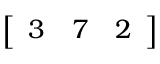
\left[ \begin{array} { l l l } { 3 } & { 7 } & { 2 } \end{array} \right]